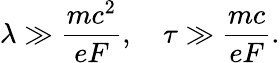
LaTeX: \lambda\gg\frac{mc^{2}}{eF},\quad\tau\gg\frac{mc}{eF}.